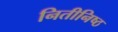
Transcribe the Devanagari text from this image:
नितीनिष्ठ